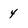
Character: 4